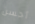
أحسن